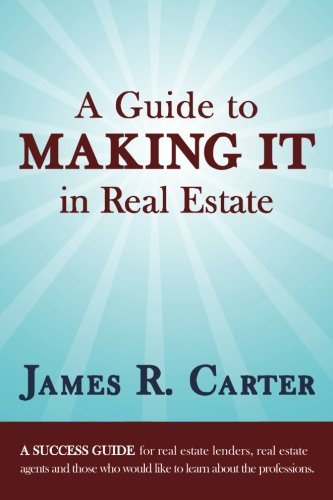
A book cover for A Guide to Making It in Real Estate: A SUCCESS GUIDE for real estate lenders, real estate agents and those who would like to learn about the professions.; James R. Carter; Business & Money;